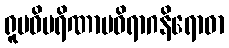
ရူပဝိပရိဏာမဝိရာဂနိရောဓာ